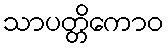
သာပတ္တိကောဝ